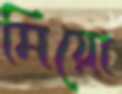
মিয়ো